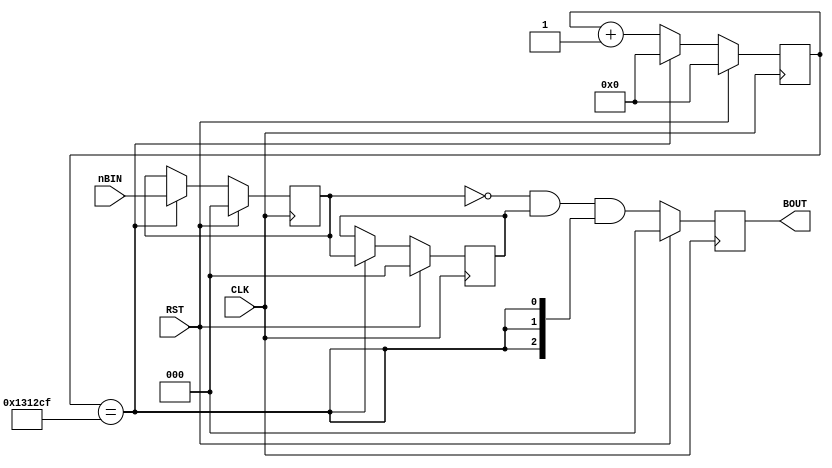
/* Copyright(C) 2017 Cobac.Net All Rights Reserved. */
/* outline:  */

module BTN_IN (
               input            CLK, RST,
               input [2:0]      nBIN,
               output reg [2:0] BOUT
);

/* 50MHz125000040Hz              */
/* en40hz140Hz */
reg [20:0] cnt;

wire en40hz = (cnt==1250000-1);

always @( posedge CLK ) begin
    if ( RST )
        cnt <= 21'b0;
    else if ( en40hz )
        cnt <= 21'b0;
    else
        cnt <= cnt + 21'b1;
end

/*  FF2*/
reg [2:0] ff1, ff2;

always @( posedge CLK ) begin
    if ( RST ) begin
        ff2 <=3'b0;
        ff1 <=3'b0;
    end
    else if ( en40hz ) begin
        ff2 <= ff1;
        ff1 <= nBIN;
    end
end

/* 0 */
wire [2:0] temp = ~ff1 & ff2 & {3{en40hz}};

/* FF */
always @( posedge CLK ) begin
    if ( RST )
        BOUT <=3'b0;
    else
        BOUT <=temp;
end

endmodule